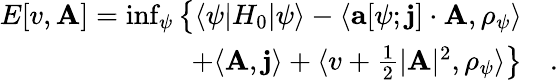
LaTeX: \begin{array}{rl}{E[v,\mathbf{A}]=\operatorname*{inf}_{\psi}\big\{ \langle\psi|H_{0}|\psi\rangle-\langle\mathbf{a}[\psi;\mathbf{j}]\cdot\mathbf{A},\rho_{\psi}\rangle}&{}\\ {+\langle\mathbf{A},\mathbf{j}\rangle+\langle v+\frac 12\vert\mathbf{A}\vert^{2},\rho_{\psi}\rangle\big\} }&{.}\end{array}